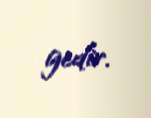
gedir.